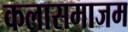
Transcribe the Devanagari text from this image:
कलासमाजम